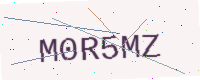
Text: M0R5MZ